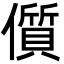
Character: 儨